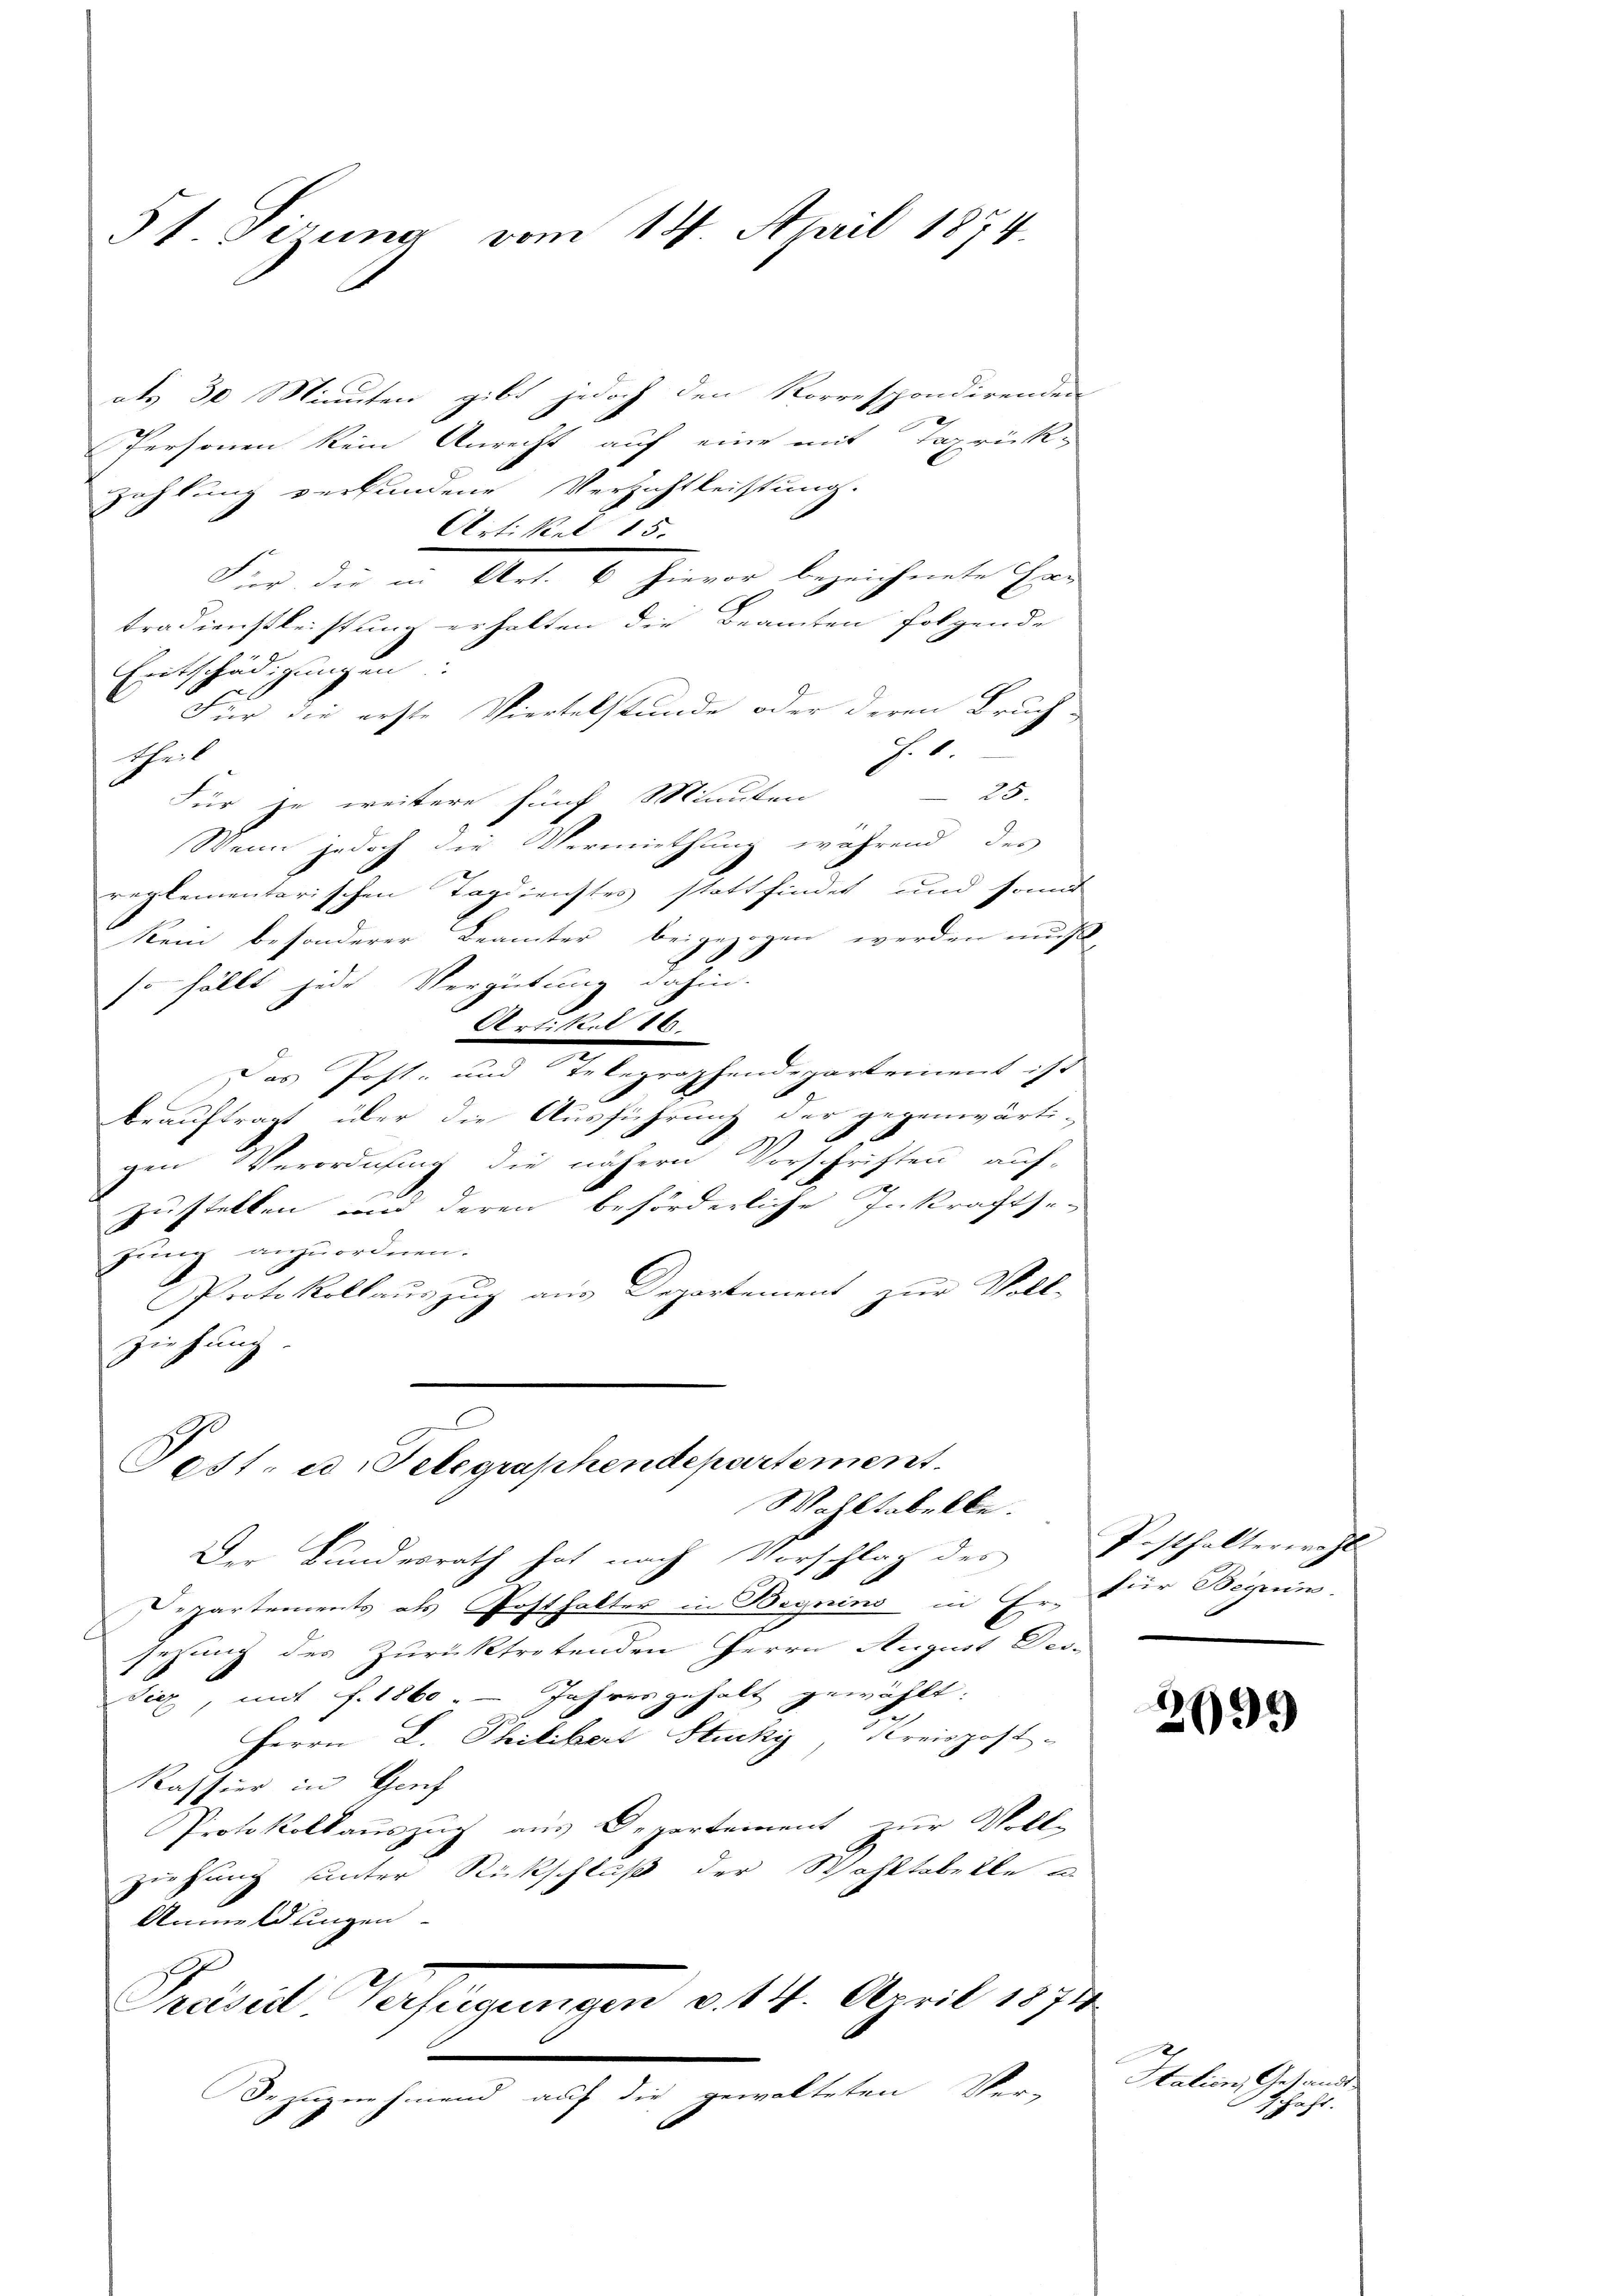
51 Sizung vom 14. April 1874.

als 30 Minuten gibt jedoch den Korrespondirenden
Personen kein Anrecht auf eine mit Taxrükzahlung verkundene Verzichtleistung.
Artikel 15.
Für die in Art. 6 hievor bezeichnete Har
tradienstleistung erhalten die Beamten folgende
Entschädigungen
Für die erste Viertelstunde oder deren Bruch-
J.1.
theil
26.
Für je weitere fünf Minuten
Wenn jedoch die Vermiethung während des
reglementarischen Tagdienstes stattfindet und sonnt
Kein besonderer Beamter beigezogen werden muß,
so fällt jede Vergütung dahin.
Artikel 16.
Das Post- und Telegraphendepartemens ist
beauftragt über die Ausführung der gegenwärti-
1
gen Verordnung, die nähern Vorschriften auf-
zustellen und deren beförderliche Inkraftse-
gung anzuordnen.
Protokollauszug aus Departement zur Voll-
Ziehung.
Post- u. Telegraphendepartement
Wahltabelle.
Der Bundesrath hat nach Vorschlag des
Departements als Posthalter in Begnins in Er für Begeinsezung des Zurücktretenden Herrn August Des-
Siez, mit f. 1860 - Jahresgehalt gewählt:
Herrn L. Philibert Stucki, Kreispost
Kassier in Genf
Protokollauszug aus Departement zur Voll-
ziehung unter Rückschluß der Wahltabelle u.
Anmeldungen
Präsid Verfügungen v. 14. April 1874.
.
Bezugnehmend auf die gewalteten Ver-

Posthalterwohl

2699

Italien, Gesandt.
schaft.